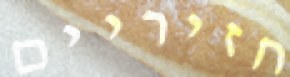
חזיריים